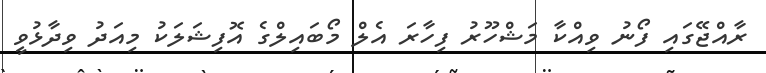
ރާއްޖޭގައި ފޯނު ވިއްކާ މަޝްހޫރު ފިހާރަ އެލް މޯބައިލްގެ އޮފިޝަލަކު މިއަދު ވިދާޅުވީ